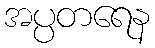
အပ္ပတရေန